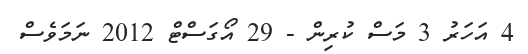
4 އަހަރު 3 މަސް ކުރިން - 29 އޯގަސްޓް 2012 ނަމަވެސް